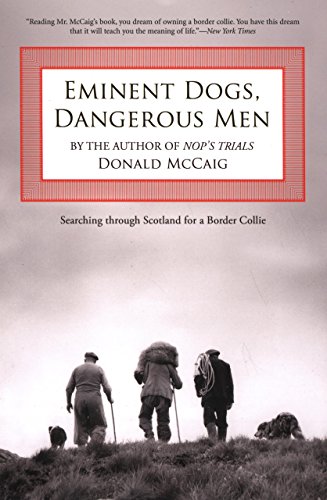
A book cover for Eminent Dogs, Dangerous Men: Searching Through Scotland For A Border Collie; Donald McCaig award-winning author of Jacob's Ladder and Canaan; Travel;